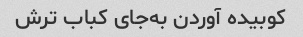
کوبیده آوردن به‌جای کباب ترش